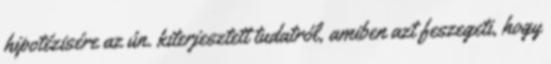
hipotézisére az ún. kiterjesztett tudatról, amiben azt feszegeti, hogy